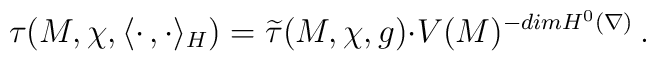
\tau(M,\chi,\langle\cdot\,,\cdot\rangle_H)=\widetilde{\tau}(M,\chi,g){\cdot}V(M)^{-dimH^0(\nabla)}\,.